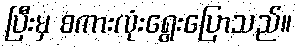
ပြီးမှ စကားလုံးရွေးပြောသည်။